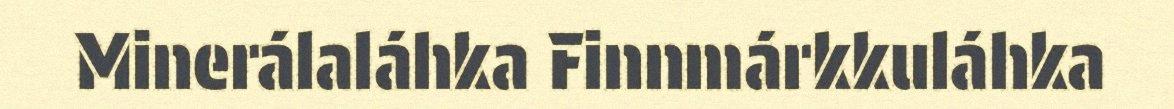
Minerálaláhka Finnmárkkuláhka